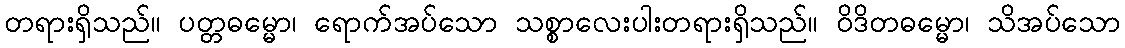
တရားရှိသည်။ ပတ္တဓမ္မော၊ ရောက်အပ်သော သစ္စာလေးပါးတရားရှိသည်။ ဝိဒိတဓမ္မော၊ သိအပ်သော